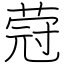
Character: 蒄